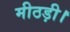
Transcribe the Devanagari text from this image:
मीठड़ी।